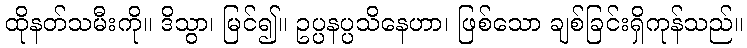
ထိုနတ်သမီးကို။ ဒိသွာ၊ မြင်၍။ ဥပ္ပနပ္ပသိနေဟာ၊ ဖြစ်သော ချစ်ခြင်းရှိကုန်သည်။